Civil Veterinary Department Bihar reports 1936-40 - 1936-1940
Year: 1936
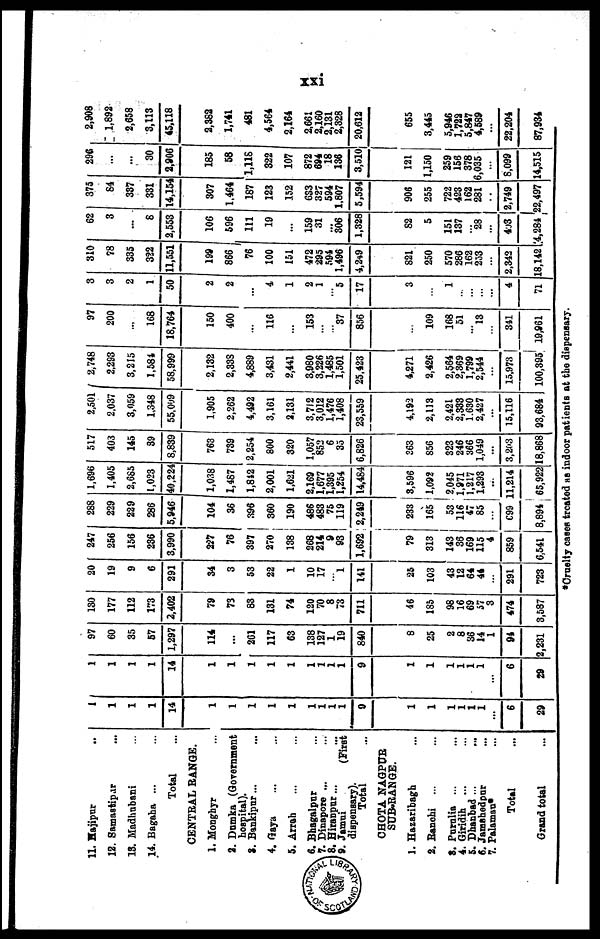
xxi
11. Majipur ..
12. Samastipur ...
13. Madhubani ...
14. Bagaha ... ...
Total ...
CENTRAL RANGE.
1. Monghyr ...
2. Dumka (Government
hospital.)
8. Bankipur... ...
4. Gaya ... ...
5. Arrah ... ...
6. Bhagalpur ...
7. Dinapore ... ...
8. Hiranpur... ...
9. Jamui (First
dispensary).
Total ...
CHOTA NAGPUR
SUB-RANGE.
1. Hazaribagh ...
2. Ranchi ... ...
3. Purnlia ... ...
4. Giridih ... ...
5. Dhanbad ... ...
6. Jamshedpur ...
7. Palaman* ...
Total ...
Grand total ...
1
1
1
1
14
1
1
1
1
1
1
1
1
1
9
1
1
1
1
1
1
...
6
29
1
1
1
1
14
1
1
1
1
1
1
1
1
1
9
1
1
1
1
1
1
...
6
29
97
60
35
57
1,297
114
...
261
117
63
138
127
1
19
840
8
25
2
8
36
14
1
94
2,231
130
177
112
173
2,402
79
73
83
131
74
120
70
8
73
711
46
185
98
16
69
57
3
474
3,587
20
19
9
6
291
34
3
53
22
1
10
17
... 1
141
25
103
43
12
64
44
...
291
723
247
256
156
236
3,990
227
76
397
270
138
268
214
9
93
1,692
79
313
143
36
169
115
4
859
6,541
288
229
229
286
5,946
104
36
396
360
190
486
483
75
119
2,249
233
165
53
116
47
85
...
699
8,894
1,696
1,405
2,685
1,023
40,224
1,038
1,487
1,842
2,001
1,621
2,169
1,677
1,395
1,254
14,484
3,596
1,092
2.045
1,971
1,217
1,293
...
11,214
65,922
517
403
145
39
8,839
763
739
2,254
800
320
1,057
852
6
33
6,826
363
856
323
246
366
1,049
...
3,203
18,868
2,501
2,037
3,059
1,348
55,099
1,905
2,262
4,492
3,161
2,131
3,712
3,012
1,476
1,408
23,559
4,192
2,113
2,421
2,333
1,630
2,427
...
15,116
93,684
2,748
2,293
3,215
1,584
58,999
2,132
2,338
4,889
3,431
2,441
3,980
3,226
1,485
1,501
25,423
4,271
2,426
2,564
2,369
1,799
2,544
...
15,973
100,395
97
200
...
168
18,764
150
400
...
116
...
153
...
... 37
856
...
109
168
51
... 13
...
341
19,961
3
3
2
1
50
2
2
...
4
1
2
1
... 5
17
3
...
1
...
...
...
...
4
71
310
78
335
322
11,551
199
866
76
100
151
472
295
594
1,496
4,249
821
250
570
286
162
253
...
2,342
18,142
62
3
...
8
2,553
106
596
111
19
...
159
31
...
306
1,328
82
5
151
137
...
28
...
403
4,284
375
84
337
331
14,154
307
1,464
187
123
152
633
327
594
1,807
5,594
906
255
722
423
162
281
...
2,749
22,497
296
...
...
30
2,906
185
58
1,118
322
107
872
694
18
136
3,510
121
1,150
259
156
378
5,035
...
8,099
14,515
2,908
1,892
2,658
3,113
45,118
2,382
1,741
481
4,564
2,164
2,661
2,160
2,131
2,328
20,612
655
3,445
5,946
1,722
5,847
4,589
...
22,204
87,934
*Cruelty cases treated as indoor patients at the dispensary.